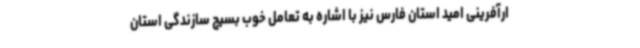
ارآفرینی امید استان فارس نیز با اشاره به تعامل خوب بسیج سازندگی استان